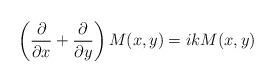
LaTeX: \begin{align*}\left( \frac{\partial }{\partial x}+\frac{\partial }{\partial y}\right)M(x,y)=ikM(x,y)\end{align*}